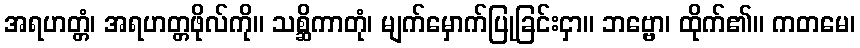
အရဟတ္တံ၊ အရဟတ္တဖိုလ်ကို။ သစ္ဆိကာတုံ၊ မျက်မှောက်ပြုခြင်းငှာ။ ဘဗ္ဗော၊ ထိုက်၏။ ကတမေ၊